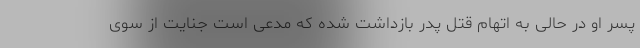
پسر او در حالی به اتهام قتل پدر بازداشت شده که مدعی است جنایت از سوی